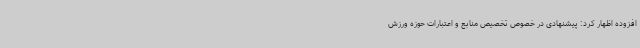
افزوده اظهار کرد: پیشنهادی در خصوص تخصیص منابع و اعتبارات حوزه ورزش